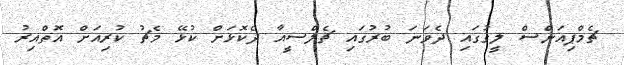
ޗެމްޕިއަންސް ލީގުގައި ދެވަނަ ބުރުގައި ޗެލްސީއާ ދެކޮޅަށް ކުޅޭ މެޗު ކުރިއަށް އޮތްއިރު